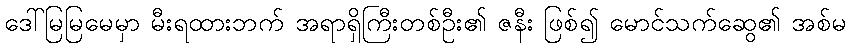
ဒေါ်မြမြမေမှာ မီးရထားဘက် အရာရှိကြီးတစ်ဦး၏ ဇနီး ဖြစ်၍ မောင်သက်ဆွေ၏ အစ်မ